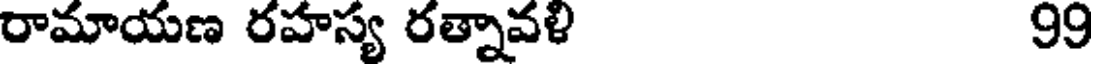
రామాయణ రహస్య రత్నావళి 99